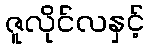
ဇူလိုင်လနှင့်